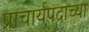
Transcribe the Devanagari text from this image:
प्राचार्यपदाच्या